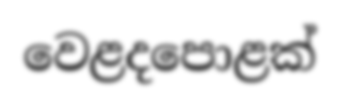
වෙළදපොළක්